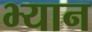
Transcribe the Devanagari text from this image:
भ्यान